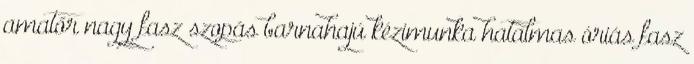
amatőr nagy fasz szopás barnahajú kézimunka hatalmas óriás fasz